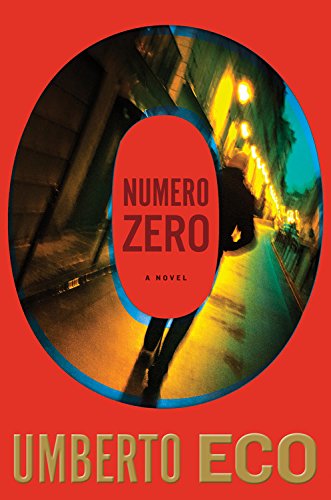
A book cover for Numero Zero; Umberto Eco; Mystery, Thriller & Suspense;